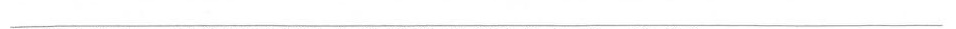
___